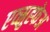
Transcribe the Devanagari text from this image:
एव्स्रुह्फेअ